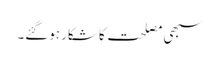
سبھی مصلحت کا شکار ہوگئے۔